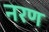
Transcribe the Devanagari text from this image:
नरण